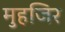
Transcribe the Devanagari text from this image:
मुहजिर